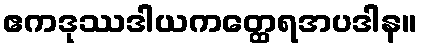
ဧကဒုဿဒါယကတ္ထေရအပဒါန။